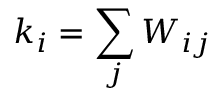
k _ { i } = \sum _ { j } W _ { i j }